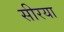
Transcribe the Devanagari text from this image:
सीरया